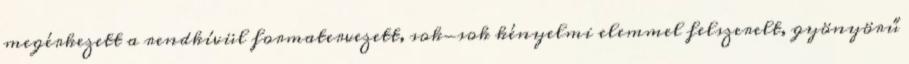
megérkezett a rendkívül formatervezett, sok-sok kényelmi elemmel felszerelt, gyönyörű